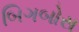
બિગબોસ